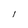
Character: l